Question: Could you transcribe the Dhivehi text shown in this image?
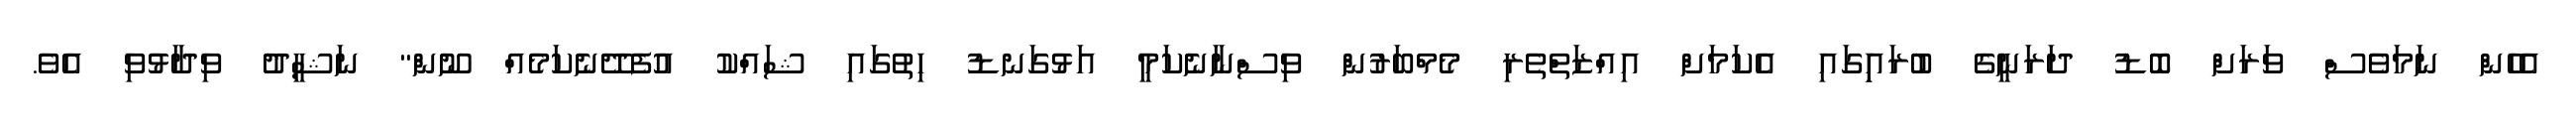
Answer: އެހެން ނަމަވެސް ވަރަށް ބޮޑު ދަރަނީގެ ބުރައިިގައި އެކަމަށް އިއްޒަތްތެރި މެމްބަރުން ވިސްނާނެކަމީ އަޅުގަނޑު ހިތުގައި ޝައްކު އުފެދޭނެކަމެއް ނޫން" ނަޝީދު ވިދާޅުވި އެވެ.